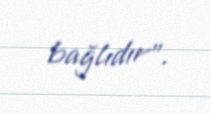
bağlıdır".